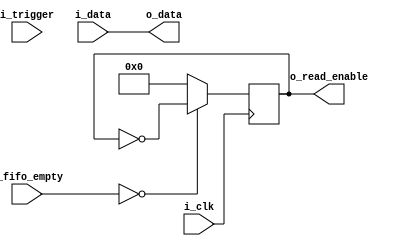
module controller_row #(
    parameter ROW = 9
)(
    input i_clk,
    input i_trigger,
    input [ROW-1:0] i_fifo_empty,
    input [(ROW * 9) -1 : 0] i_data,
    output [(ROW * 9) -1:0] o_data,
    output [ROW-1:0] o_read_enable
);

reg [ROW-1:0] rden = 0;
assign o_read_enable = rden;
assign o_data =  i_data ;

always @(posedge i_clk)begin
    //if((i_fifo_empty == 0) && (i_trigger))begin
    if(i_fifo_empty == 0)begin
        rden <= ~rden;
    end else begin
        rden <=0;
    end
end
endmodule